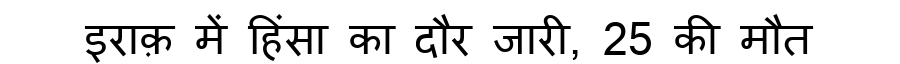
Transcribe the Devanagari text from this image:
इराक़ में हिंसा का दौर जारी, 25 की मौत